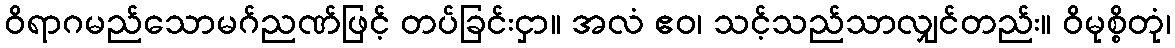
ဝိရာဂမည်သောမဂ်ညဏ်ဖြင့် တပ်ခြင်းငှာ။ အလံ ဧဝ၊ သင့်သည်သာလျှင်တည်း။ ဝိမုစ္စိတုံ၊